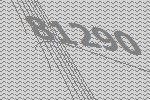
81290